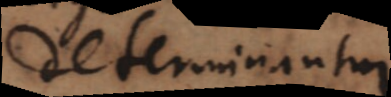
determinantur.